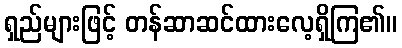
ရှည်များဖြင့် တန်ဆာဆင်ထားလေ့ရှိကြ၏။